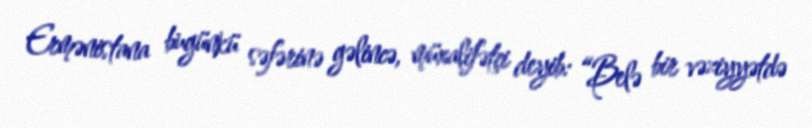
Ermənistana bugünkü səfərinə gəlincə, müxalifətçi deyib: “Belə bir vəziyyətdə